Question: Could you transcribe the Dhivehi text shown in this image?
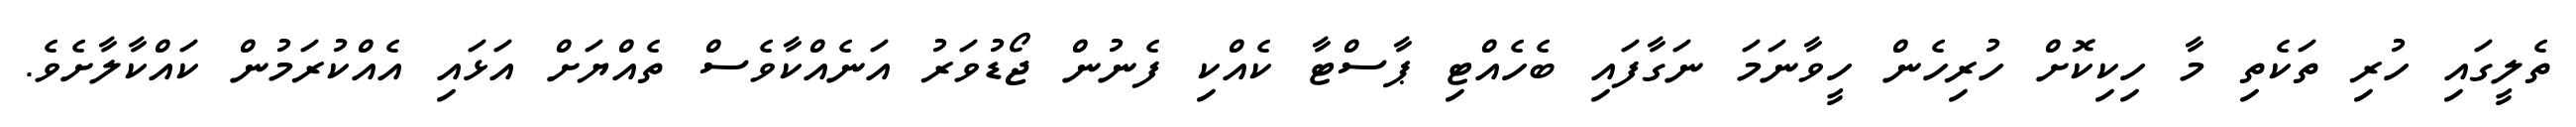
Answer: ތެލީގައި ހުރި ތަކެތި މާ ހިކިކޮށް ހުރިހެން ހީވާނަމަ ނަގާފައި ބެހެއްޓި ޕާސްޓާ ކެއްކި ފެނުން ޖޯޑުވަރު އަނެއްކާވެސް ތެއްޔަށް އަޅައި އެއްކުރަމުން ކައްކާލާށެވެ.